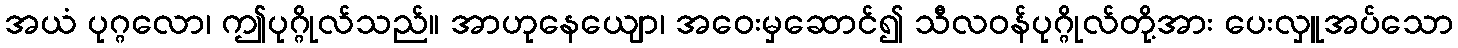
အယံ ပုဂ္ဂလော၊ ဤပုဂ္ဂိုလ်သည်။ အာဟုနေယျော၊ အဝေးမှဆောင်၍ သီလဝန်ပုဂ္ဂိုလ်တို့အား ပေးလှူအပ်သော